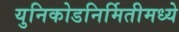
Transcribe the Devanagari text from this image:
युनिकोडनिर्मितीमध्ये